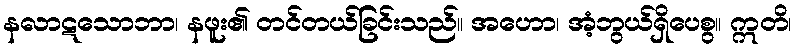
နလာဋသောဘာ၊ နဖူး၏ တင်တယ်ခြင်းသည်။ အဟော၊ အံ့ဘွယ်ရှိပေစွ။ ဣတိ၊